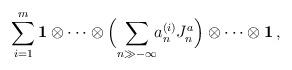
LaTeX: \begin{align*} \sum_{i=1}^m \mathbf1 \otimes \cdots\otimes \Big( \!\sum_{n\gg-\infty}\!\! a_n^{(i)} J^a_n \Big) \otimes \cdots\otimes \mathbf1 \,, \end{align*}